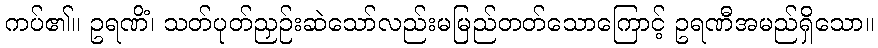
ကပ်၏။ ဥရဏိံ၊ သတ်ပုတ်ညှဉ်းဆဲသော်လည်းမမြည်တတ်သောကြောင့် ဥရဏီအမည်ရှိသော။